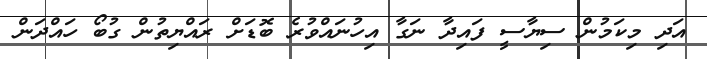
އަދި މިކަމުން ސިޔާސީ ފައިދާ ނަގާ އިހުނައްވުރެ ބޮޑަށް ރައްޔިތުން ގުބޯ ހައްދަން